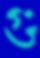
গু